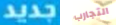
جديد التجارب